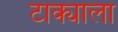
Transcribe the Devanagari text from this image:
टाक्याला